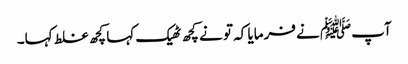
آپﷺ نے فرمایا کہ تو نے کچھ ٹھیک کہا کچھ غلط کہا۔